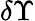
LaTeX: \delta\Upsilon